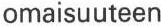
omaisuuteen